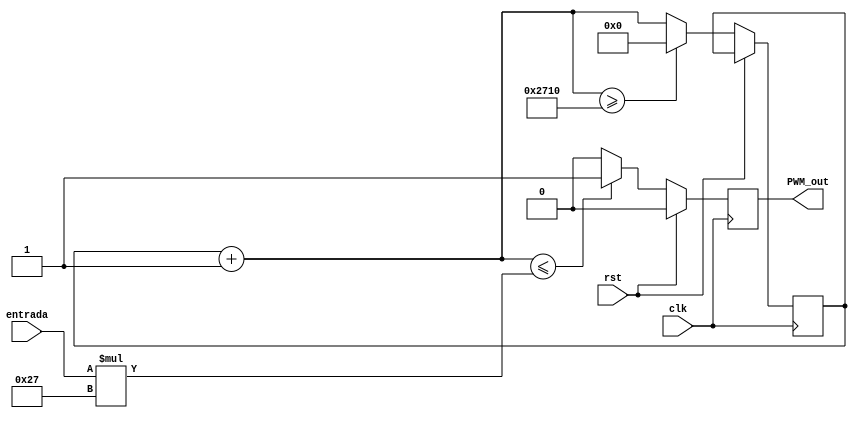
`timescale 1ns / 1ps
//////////////////////////////////////////////////////////////////////////////////
// Company: 
// Engineer: 
// 
// Design Name: 
// Module Name:    PWM 
// Project Name: 
// Target Devices: 
// Tool versions: 
// Description: 
// FPGA Pulse Width Modulation (s. f.). Recuperado de //http://www.ece301.com/fpga-projects/53-pwm.html
// Dependencies: 
//
// Revision: 
// Revision 0.01 - File Created
// Additional Comments: 
//
//////////////////////////////////////////////////////////////////////////////////
module PWM#(parameter sd=39)( input wire clk, rst,input [7:0] entrada, output reg PWM_out
    );
	 
	 
reg[13:0] counter=0;

always@(posedge clk)
if (rst==1) PWM_out=0;
else begin 
begin
counter=counter+1'b1;
	if(counter<=entrada*sd)
	PWM_out=1;
	else PWM_out=0;
	if (counter>=10_000) counter=0;
	

end
end


endmodule